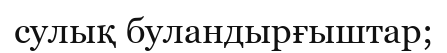
сулық буландырғыштар;